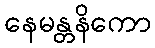
နေမန္တနိကော